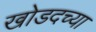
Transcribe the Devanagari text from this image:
खोडदच्या